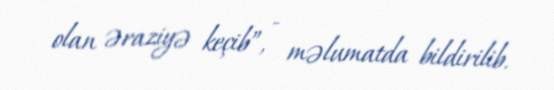
olan əraziyə keçib”, - məlumatda bildirilib.